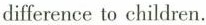
difference to children.